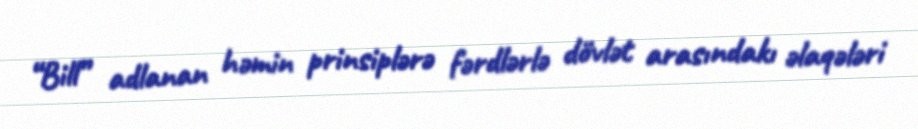
“Bill” adlanan həmin prinsiplərə fərdlərlə dövlət arasındakı əlaqələri